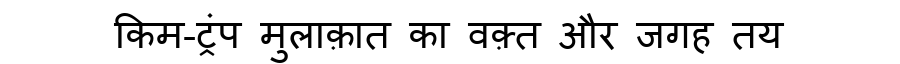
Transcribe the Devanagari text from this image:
किम-ट्रंप मुलाक़ात का वक़्त और जगह तय